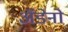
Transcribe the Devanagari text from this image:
अॅडेनो